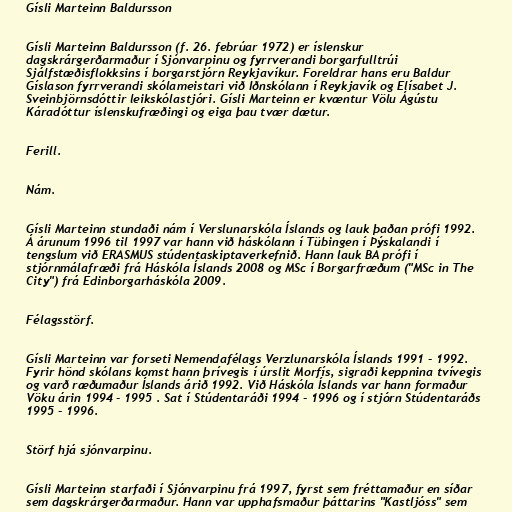
Gísli Marteinn Baldursson

Gísli Marteinn Baldursson (f. 26. febrúar 1972) er íslenskur
dagskrárgerðarmaður í Sjónvarpinu og fyrrverandi borgarfulltrúi
Sjálfstæðisflokksins í borgarstjórn Reykjavíkur. Foreldrar hans eru Baldur
Gíslason fyrrverandi skólameistari við Iðnskólann í Reykjavík og Elísabet J.
Sveinbjörnsdóttir leikskólastjóri. Gísli Marteinn er kvæntur Völu Ágústu
Káradóttur íslenskufræðingi og eiga þau tvær dætur.

Ferill.

Nám.

Gísli Marteinn stundaði nám í Verslunarskóla Íslands og lauk þaðan prófi 1992.
Á árunum 1996 til 1997 var hann við háskólann í Tübingen í Þýskalandi í
tengslum við ERASMUS stúdentaskiptaverkefnið. Hann lauk BA prófi í
stjórnmálafræði frá Háskóla Íslands 2008 og MSc í Borgarfræðum ("MSc in The
City") frá Edinborgarháskóla 2009.

Félagsstörf.

Gísli Marteinn var forseti Nemendafélags Verzlunarskóla Íslands 1991 - 1992.
Fyrir hönd skólans komst hann þrívegis í úrslit Morfís, sigraði keppnina tvívegis
og varð ræðumaður Íslands árið 1992. Við Háskóla Íslands var hann formaður
Vöku árin 1994 - 1995 . Sat í Stúdentaráði 1994 - 1996 og í stjórn Stúdentaráðs
1995 - 1996.

Störf hjá sjónvarpinu.

Gísli Marteinn starfaði í Sjónvarpinu frá 1997, fyrst sem fréttamaður en síðar
sem dagskrárgerðarmaður. Hann var upphafsmaður þáttarins "Kastljóss" sem